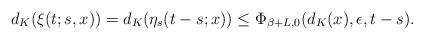
LaTeX: \begin{align*}d_K(\xi(t;s,x)) = d_K(\eta_s(t-s;x)) \leq \Phi_{\beta+L,0}(d_K(x),\epsilon,t-s).\end{align*}